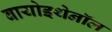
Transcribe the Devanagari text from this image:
बायोइथेनॉल